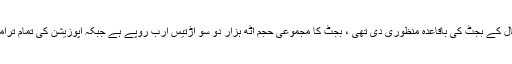
خیال رہے قومی اسمبلی نے آئندہ مالی سال کے بجٹ کی باقاعدہ منظوری دی تھی ، بجٹ کا مجموعی حجم آٹھ ہزار دو سو اڑتیس ارب روپے ہے جبکہ اپوزیشن کی تمام ترامیم کثرت رائے سے مسترد ہوگئیں تھیں ۔